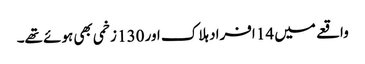
واقعے میں 14 افراد ہلاک اور 130 زخمی بھی ہوئے تھے۔